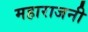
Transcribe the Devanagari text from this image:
महाराजनी